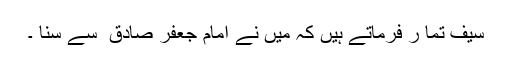
سیف تما ر فرماتے ہیں کہ میں نے امام جعفر صادق ؑ سے سنا ۔